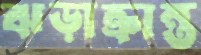
ঝড়াক্রান্ত